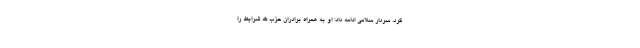
کرد. سردار سلامی ادامه داد: او به همراه برادران حزب الله شرایط را